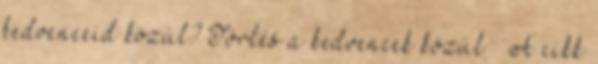
kedvenceid közül? Törlés a kedvencek közül » A cikk